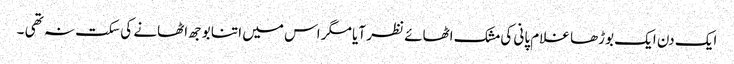
ایک دن ایک بوڑھا غلام پانی کی مشک اٹھائے نظر آیا مگر اس میں اتنا بوجھ اٹھانے کی سکت نہ تھی ۔